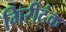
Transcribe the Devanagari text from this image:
गिरीटंक